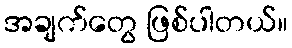
အချက်တွေ ဖြစ်ပါတယ်။